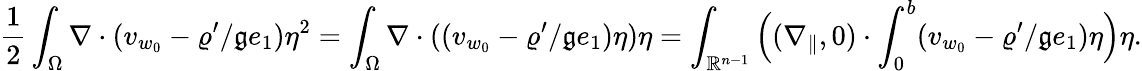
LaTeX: \frac 12\int_{\Omega}\nabla\cdot(v_{w_{0}}-\varrho^{\prime}/\mathfrak{g}e_{1})\eta^{2}=\int_{\Omega}\nabla\cdot((v_{w_{0}}-\varrho^{\prime}/\mathfrak{g}e_{1})\eta)\eta=\int_{\mathbb{R}^{n-1}}\Big((\nabla_{\| },0)\cdot\int_{0}^{b}(v_{w_{0}}-\varrho^{\prime}/\mathfrak{g}e_{1})\eta\Big)\eta.